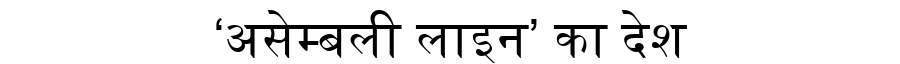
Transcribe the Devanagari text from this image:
‘असेम्बली लाइन’ का देश